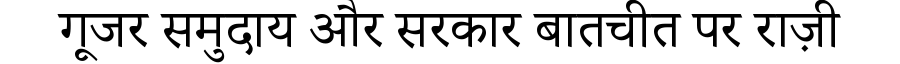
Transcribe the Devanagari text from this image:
गूजर समुदाय और सरकार बातचीत पर राज़ी